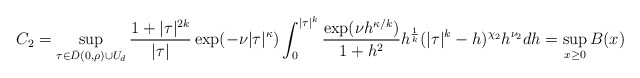
\begin{align*} C_{2} = \sup_{\tau \in \bar{D}(0,\rho) \cup U_{d}}\frac{1 + |\tau|^{2k}}{|\tau|} \exp( -\nu |\tau|^{\kappa} ) \int_{0}^{|\tau|^k}\frac{\exp( \nu h^{\kappa/k} )}{1+h^2}h^{\frac{1}{k}} (|\tau|^{k}-h)^{\chi_2} h^{\nu_2} dh= \sup_{x \geq 0} B(x) \end{align*}